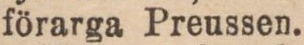
förarga Preussen.